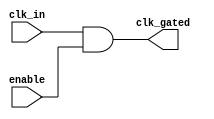
module ClockGatingCell (
    input wire clk_in,           // Incoming clock signal
    input wire enable,           // Enable signal
    output wire clk_gated        // Gated clock output
);

    // Gated clock logic
    assign clk_gated = clk_in & enable;

endmodule